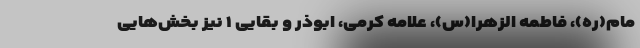
مام(ره)، فاطمه الزهرا(س)، علامه کرمی، ابوذر و بقایی ۱ نیز بخش‌هایی